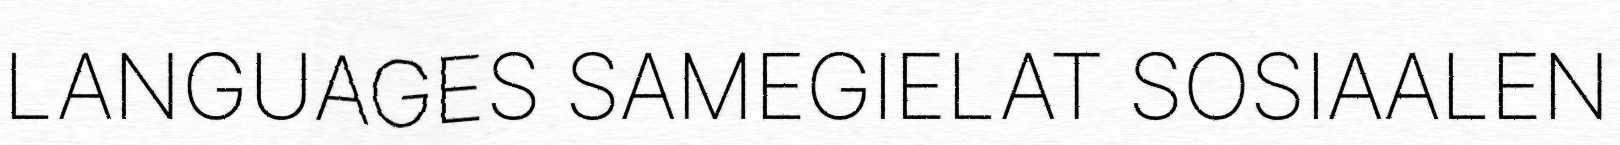
LANGUAGES SAMEGIELAT SOSIAALEN